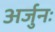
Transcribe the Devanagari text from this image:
अर्जुनः